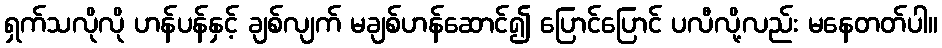
ရှက်သလိုလို ဟန်ပန်နှင့် ချစ်လျက် မချစ်ဟန်ဆောင်၍ ပြောင်ပြောင် ပလီလို့လည်း မနေတတ်ပါ။